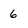
Character: 6